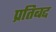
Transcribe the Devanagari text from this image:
प्रतिबद्द